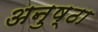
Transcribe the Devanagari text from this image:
अनुष्ठा